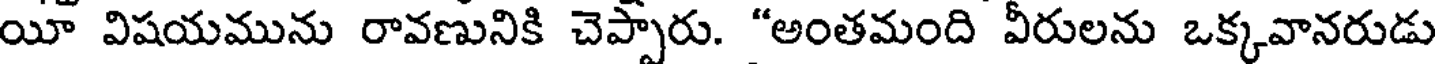
యీ విషయమును రావణునికి చెప్పారు. "అంతమంది వీరులను ఒక్కవానరుడు